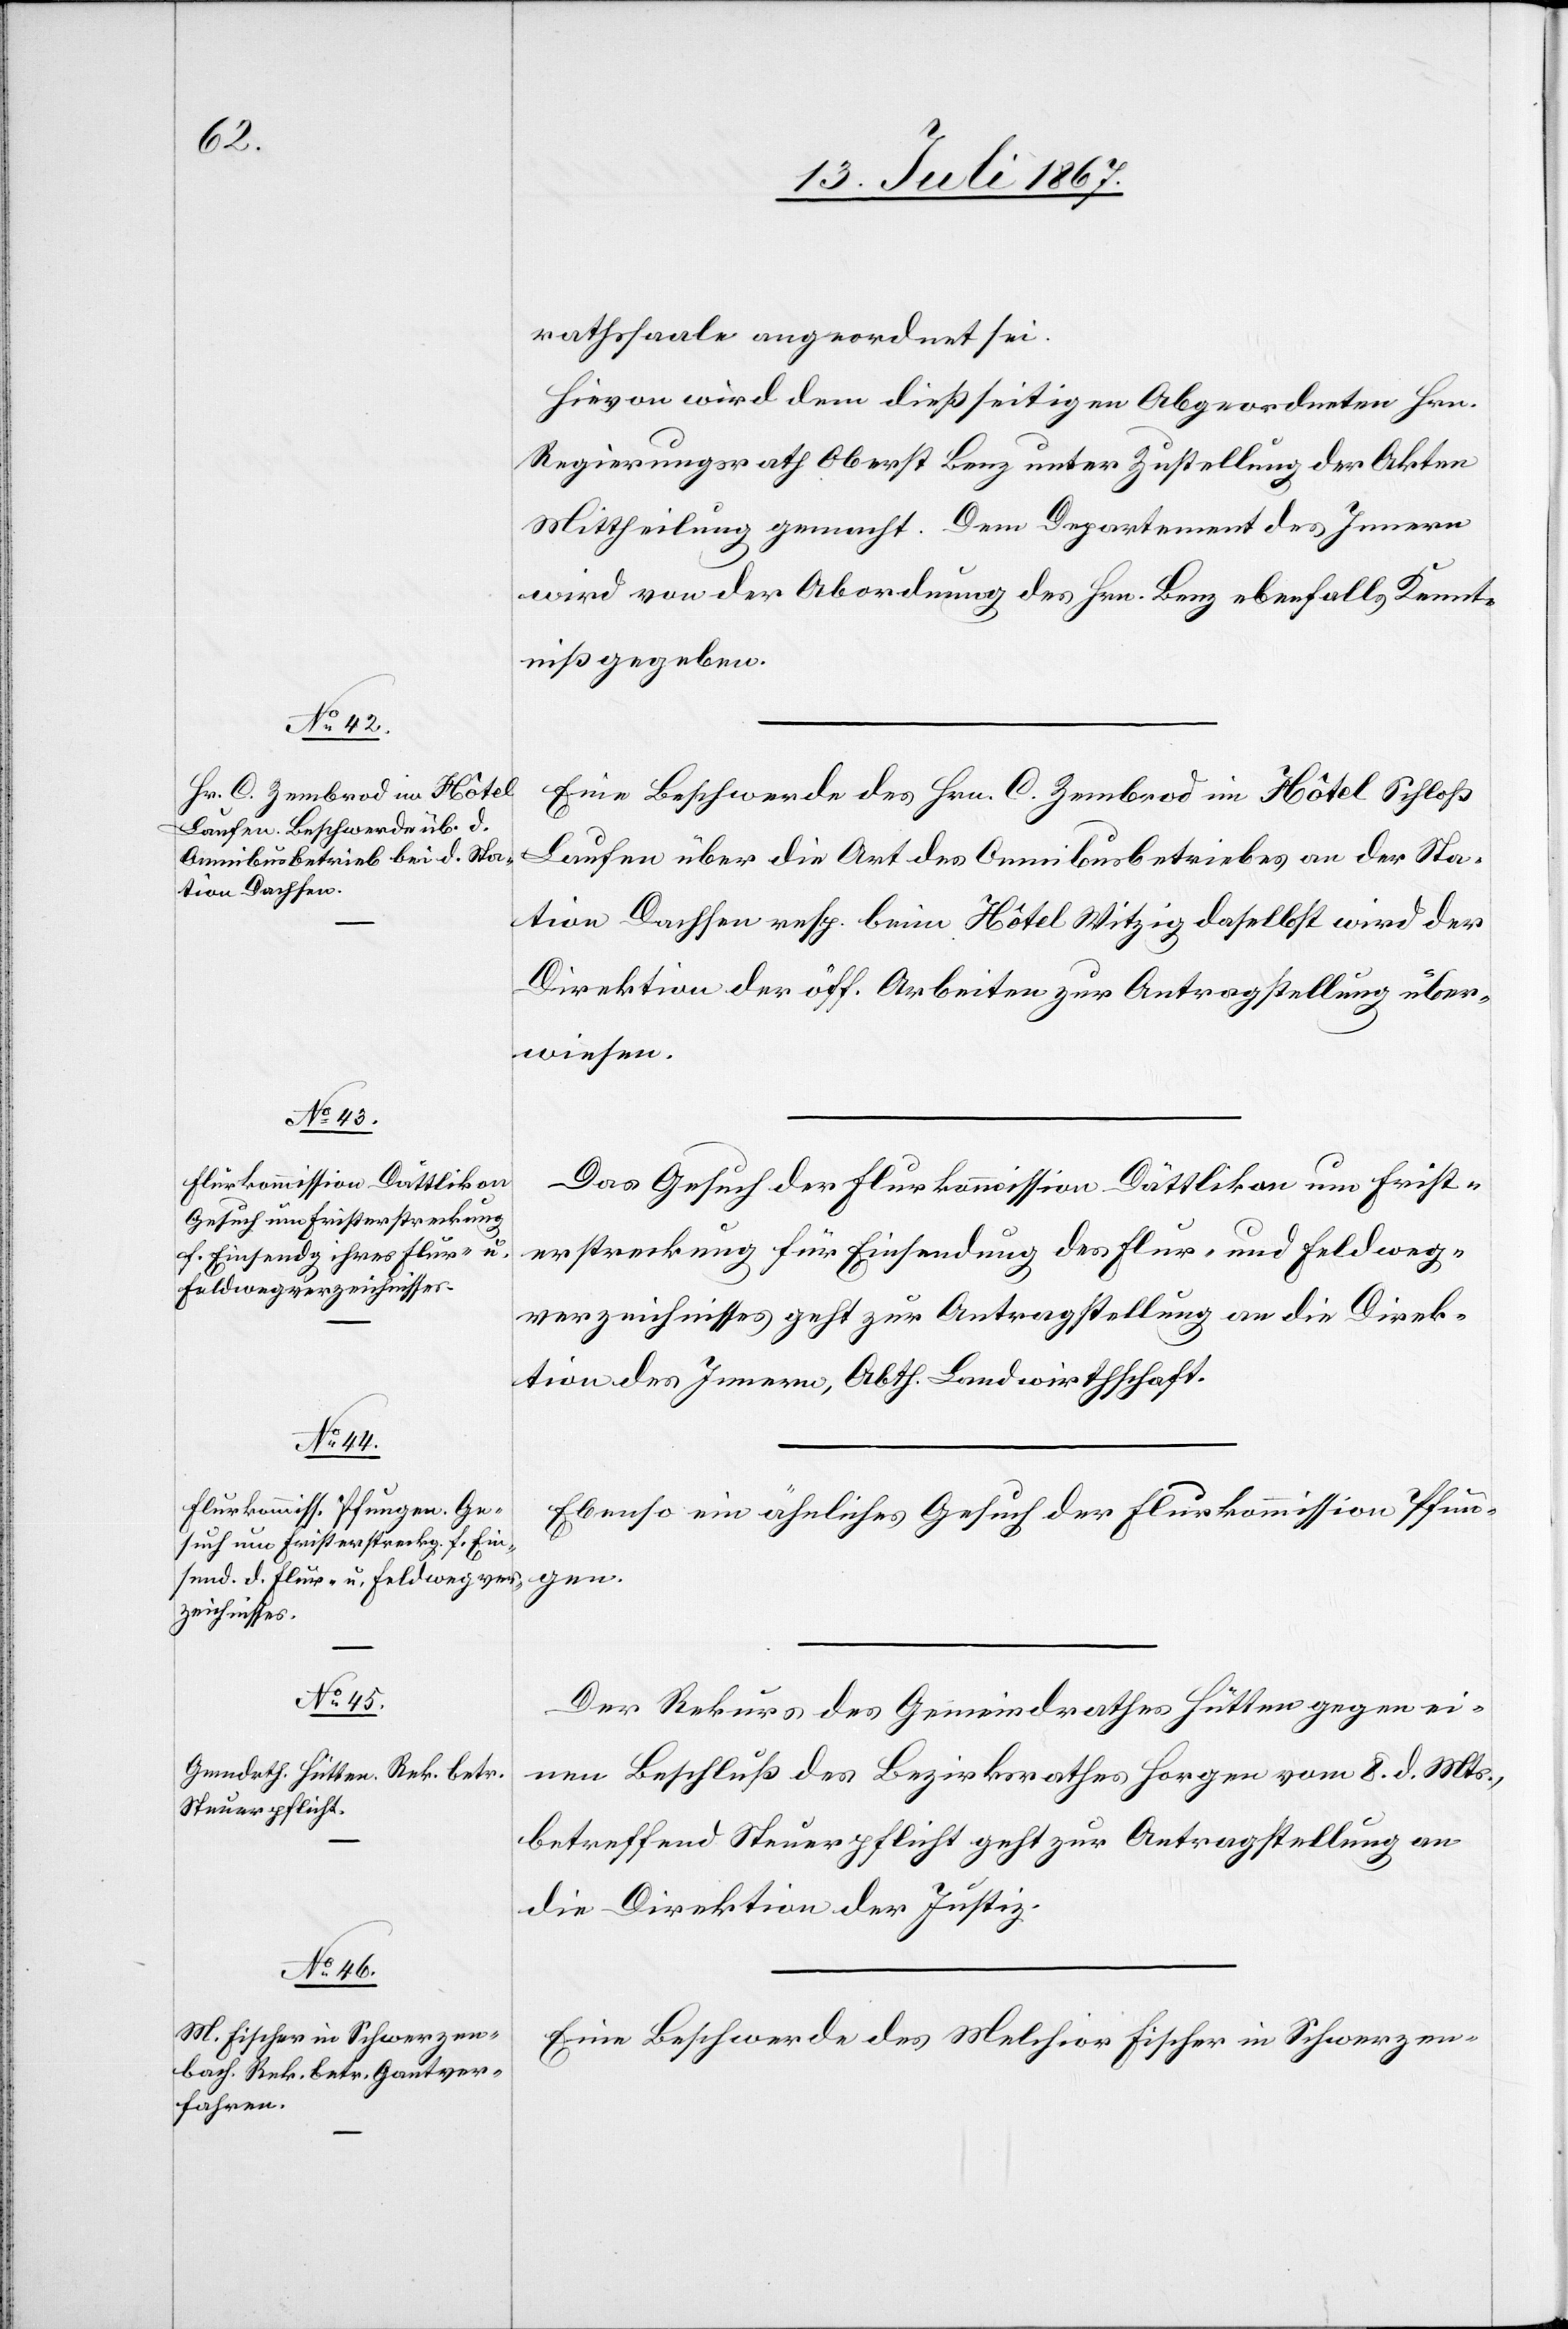
16. Juli 1867.]
rathssaale angeordnet sei.
Hievon wird dem dießseitigen Abgeordneten Hrn.
Regierungsrath Oberst Benz unter Zustellung der Akten
Mittheilung gemacht. Dem Departement des Innern
wird von der Abordnung des Hrn. Benz ebenfalls Kennt¬
niß gegeben.
Eine Beschwerde des Hrn. C. Zembrod im Hôtel Schloß
Laufen über die Art des Omnibusbetriebes an der Sta¬
tion Dachsen resp. beim Hôtel Witzig daselbst wird der
Direktion der öff. Arbeiten zur Antragstellung über¬
wiesen.
Das Gesuch der Flurkommission Dattlikon um Frist¬
erstreckung für Einsendung des Flur- und Feldweg¬
verzeichnisses geht zur Antragstellung an die Direk¬
tion des Innern, Abth. Landwirthschaft.
Ebenso ein ähnliches Gesuch der Flurkommission Pfun¬
gen.
Der Rekurs des Gemeindrathes Hütten gegen ei¬
nen Beschluß des Bezirksrathes Horgen vom 8. d. Mts.,
betreffend Steuerpflicht geht zur Antragstellung an
die Direktion der Justiz.
Eine Beschwerde des Melchuir Fischer in Schwerzen-